Notes on the propagation and cultivation of the medicinal cinchonas, or Peruvian bark trees
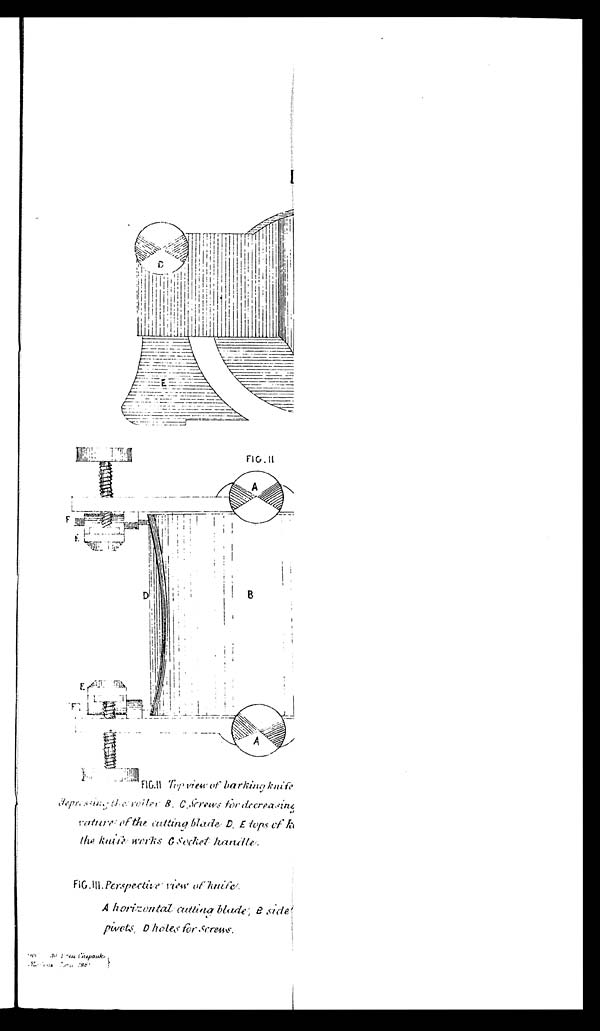
FIG.II
FIG. II Top view of barking
depressing the roller B. C. Screws for decreasing
nature of the cutting blade D. E tops of k
the knife works G Socket handle.
FIG.III. Perspective view of knife
A horizontal cutting blade, B side
pivots D holes for screns.
Press Chepauk